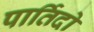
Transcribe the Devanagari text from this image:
पार्तिदो